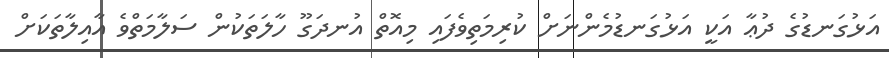
އަޅުގަނޑުގެ ދުޢާ އަކީ އަޅުގަނޑުމެންނަށް ކުރިމަތިވެފައި މިއޮތް އުނދަގޫ ހާލަތަކުން ސަލާމަތްވެ އާއިލާތަކަށް